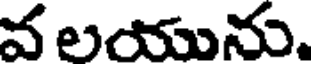
వ లయును.